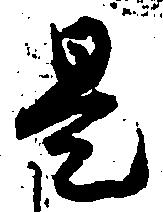
是